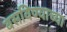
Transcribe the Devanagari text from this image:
बसविण्याच्या